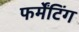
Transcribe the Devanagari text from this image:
फर्मेंटिंग